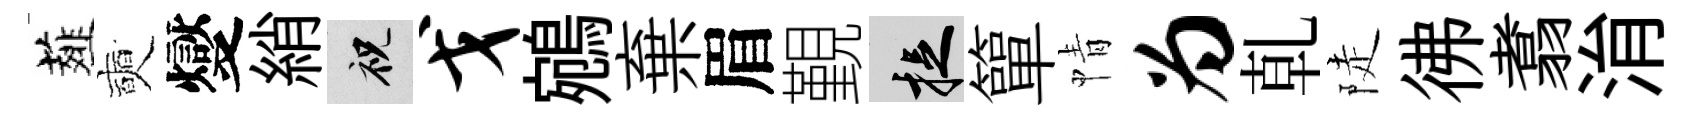
薤奭燮綃祝戈鵷棄眉覲捉簞情为乹陡彿翥㳙